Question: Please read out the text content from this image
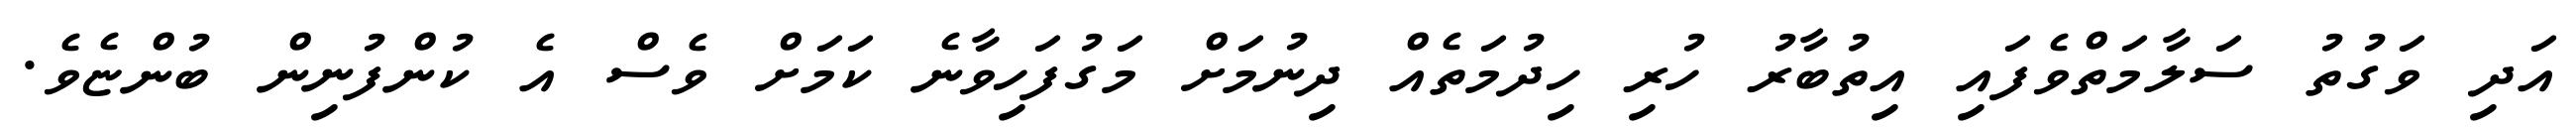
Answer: އަދި ވަގުތު ސަލާމަތްވެފައި އިތުބާރު ހުރި ހިދުމަތެއް ދިނުމަށް މަގުފަހިވާނެ ކަމަށް ވެސް އެ ކުންފުނިން ބުންޏެވެ.